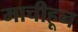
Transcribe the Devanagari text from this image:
माचीहून